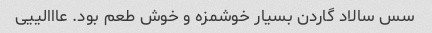
سس سالاد گاردن بسیار خوشمزه و خوش طعم بود. عااالییی